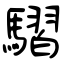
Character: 騽